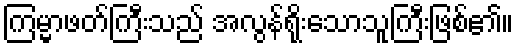
ကြမ္မာဖတ်ကြီးသည် အလွန်ရိုးသောသူကြီးဖြစ်၏။